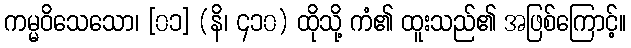
ကမ္မဝိသေသော၊ [၀၁] (နိ၊ ၄၁၀) ထိုသို့ ကံ၏ ထူးသည်၏ အဖြစ်ကြောင့်။